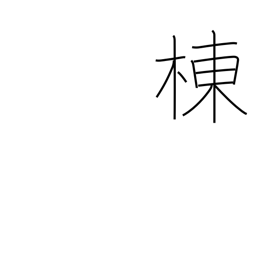
Meaning: ridge